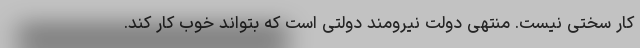
کار سختی نیست. منتهی دولت نیرومند دولتی است که بتواند خوب کار کند.